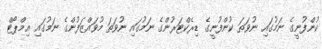
ކުންފުނީގެ ނަމުގައި ނުވަތަ ކުންފުނީގެ ޑިރެކްޓަރުންގެ ނަމުގައި ނުވަތަ މުވައްޒަފުންގެ ނަމުގައި އިމްޕޯޓް